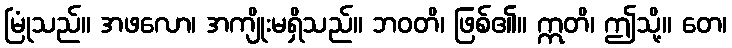
မြုံသည်။ အဖလော၊ အကျိုးမရှိသည်။ ဘဝတိ၊ ဖြစ်၏။ ဣတိ၊ ဤသို့။ တေ၊